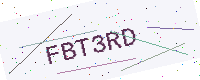
Text: FBT3RD